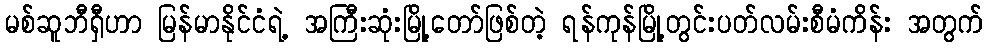
မစ်ဆူဘီရှီဟာ မြန်မာနိုင်ငံရဲ့ အကြီးဆုံးမြို့တော်ဖြစ်တဲ့ ရန်ကုန်မြို့တွင်းပတ်လမ်းစီမံကိန်း အတွက်